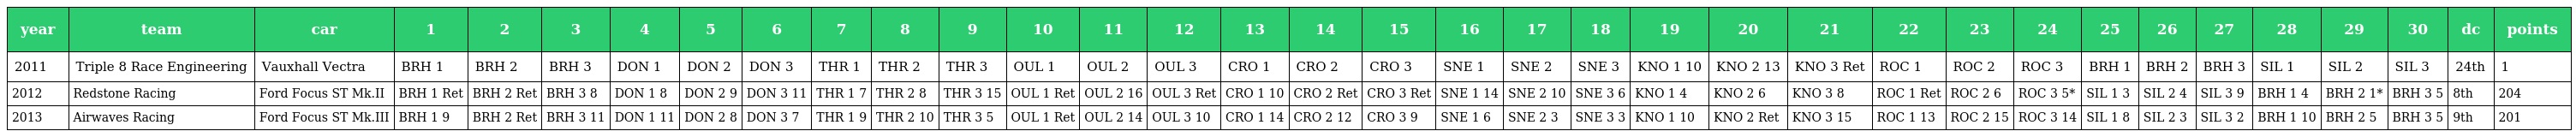
| year | team | car | 1 | 2 | 3 | 4 | 5 | 6 | 7 | 8 | 9 | 10 | 11 | 12 | 13 | 14 | 15 | 16 | 17 | 18 | 19 | 20 | 21 | 22 | 23 | 24 | 25 | 26 | 27 | 28 | 29 | 30 | dc | points |
 | --- | --- | --- | --- | --- | --- | --- | --- | --- | --- | --- | --- | --- | --- | --- | --- | --- | --- | --- | --- | --- | --- | --- | --- | --- | --- | --- | --- | --- | --- | --- | --- | --- | --- | --- |
 | 2011 | Triple 8 Race Engineering | Vauxhall Vectra | BRH 1 | BRH 2 | BRH 3 | DON 1 | DON 2 | DON 3 | THR 1 | THR 2 | THR 3 | OUL 1 | OUL 2 | OUL 3 | CRO 1 | CRO 2 | CRO 3 | SNE 1 | SNE 2 | SNE 3 | KNO 1 10 | KNO 2 13 | KNO 3 Ret | ROC 1 | ROC 2 | ROC 3 | BRH 1 | BRH 2 | BRH 3 | SIL 1 | SIL 2 | SIL 3 | 24th | 1 |
 | 2012 | Redstone Racing | Ford Focus ST Mk.II | BRH 1 Ret | BRH 2 Ret | BRH 3 8 | DON 1 8 | DON 2 9 | DON 3 11 | THR 1 7 | THR 2 8 | THR 3 15 | OUL 1 Ret | OUL 2 16 | OUL 3 Ret | CRO 1 10 | CRO 2 Ret | CRO 3 Ret | SNE 1 14 | SNE 2 10 | SNE 3 6 | KNO 1 4 | KNO 2 6 | KNO 3 8 | ROC 1 Ret | ROC 2 6 | ROC 3 5* | SIL 1 3 | SIL 2 4 | SIL 3 9 | BRH 1 4 | BRH 2 1* | BRH 3 5 | 8th | 204 |
 | 2013 | Airwaves Racing | Ford Focus ST Mk.III | BRH 1 9 | BRH 2 Ret | BRH 3 11 | DON 1 11 | DON 2 8 | DON 3 7 | THR 1 9 | THR 2 10 | THR 3 5 | OUL 1 Ret | OUL 2 14 | OUL 3 10 | CRO 1 14 | CRO 2 12 | CRO 3 9 | SNE 1 6 | SNE 2 3 | SNE 3 3 | KNO 1 10 | KNO 2 Ret | KNO 3 15 | ROC 1 13 | ROC 2 15 | ROC 3 14 | SIL 1 8 | SIL 2 3 | SIL 3 2 | BRH 1 10 | BRH 2 5 | BRH 3 5 | 9th | 201 |